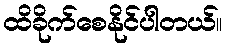
ထိခိုက်စေနိုင်ပါတယ်။